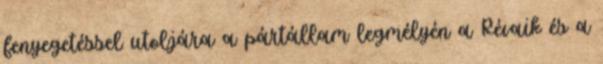
fenyegetéssel utoljára a pártállam legmélyén a Révaik és a